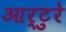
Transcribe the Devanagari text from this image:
आर्टुरे